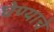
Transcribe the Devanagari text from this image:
घेण्‍याचे